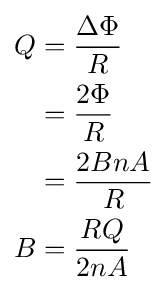
{\begin{aligned}Q&={\frac {\Delta \Phi }{R}}\\&={\frac {2\Phi }{R}}\\&={\frac {2BnA}{R}}\\B&={\frac {RQ}{2nA}}\end{aligned}}